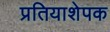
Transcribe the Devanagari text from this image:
प्रतियाशेपक